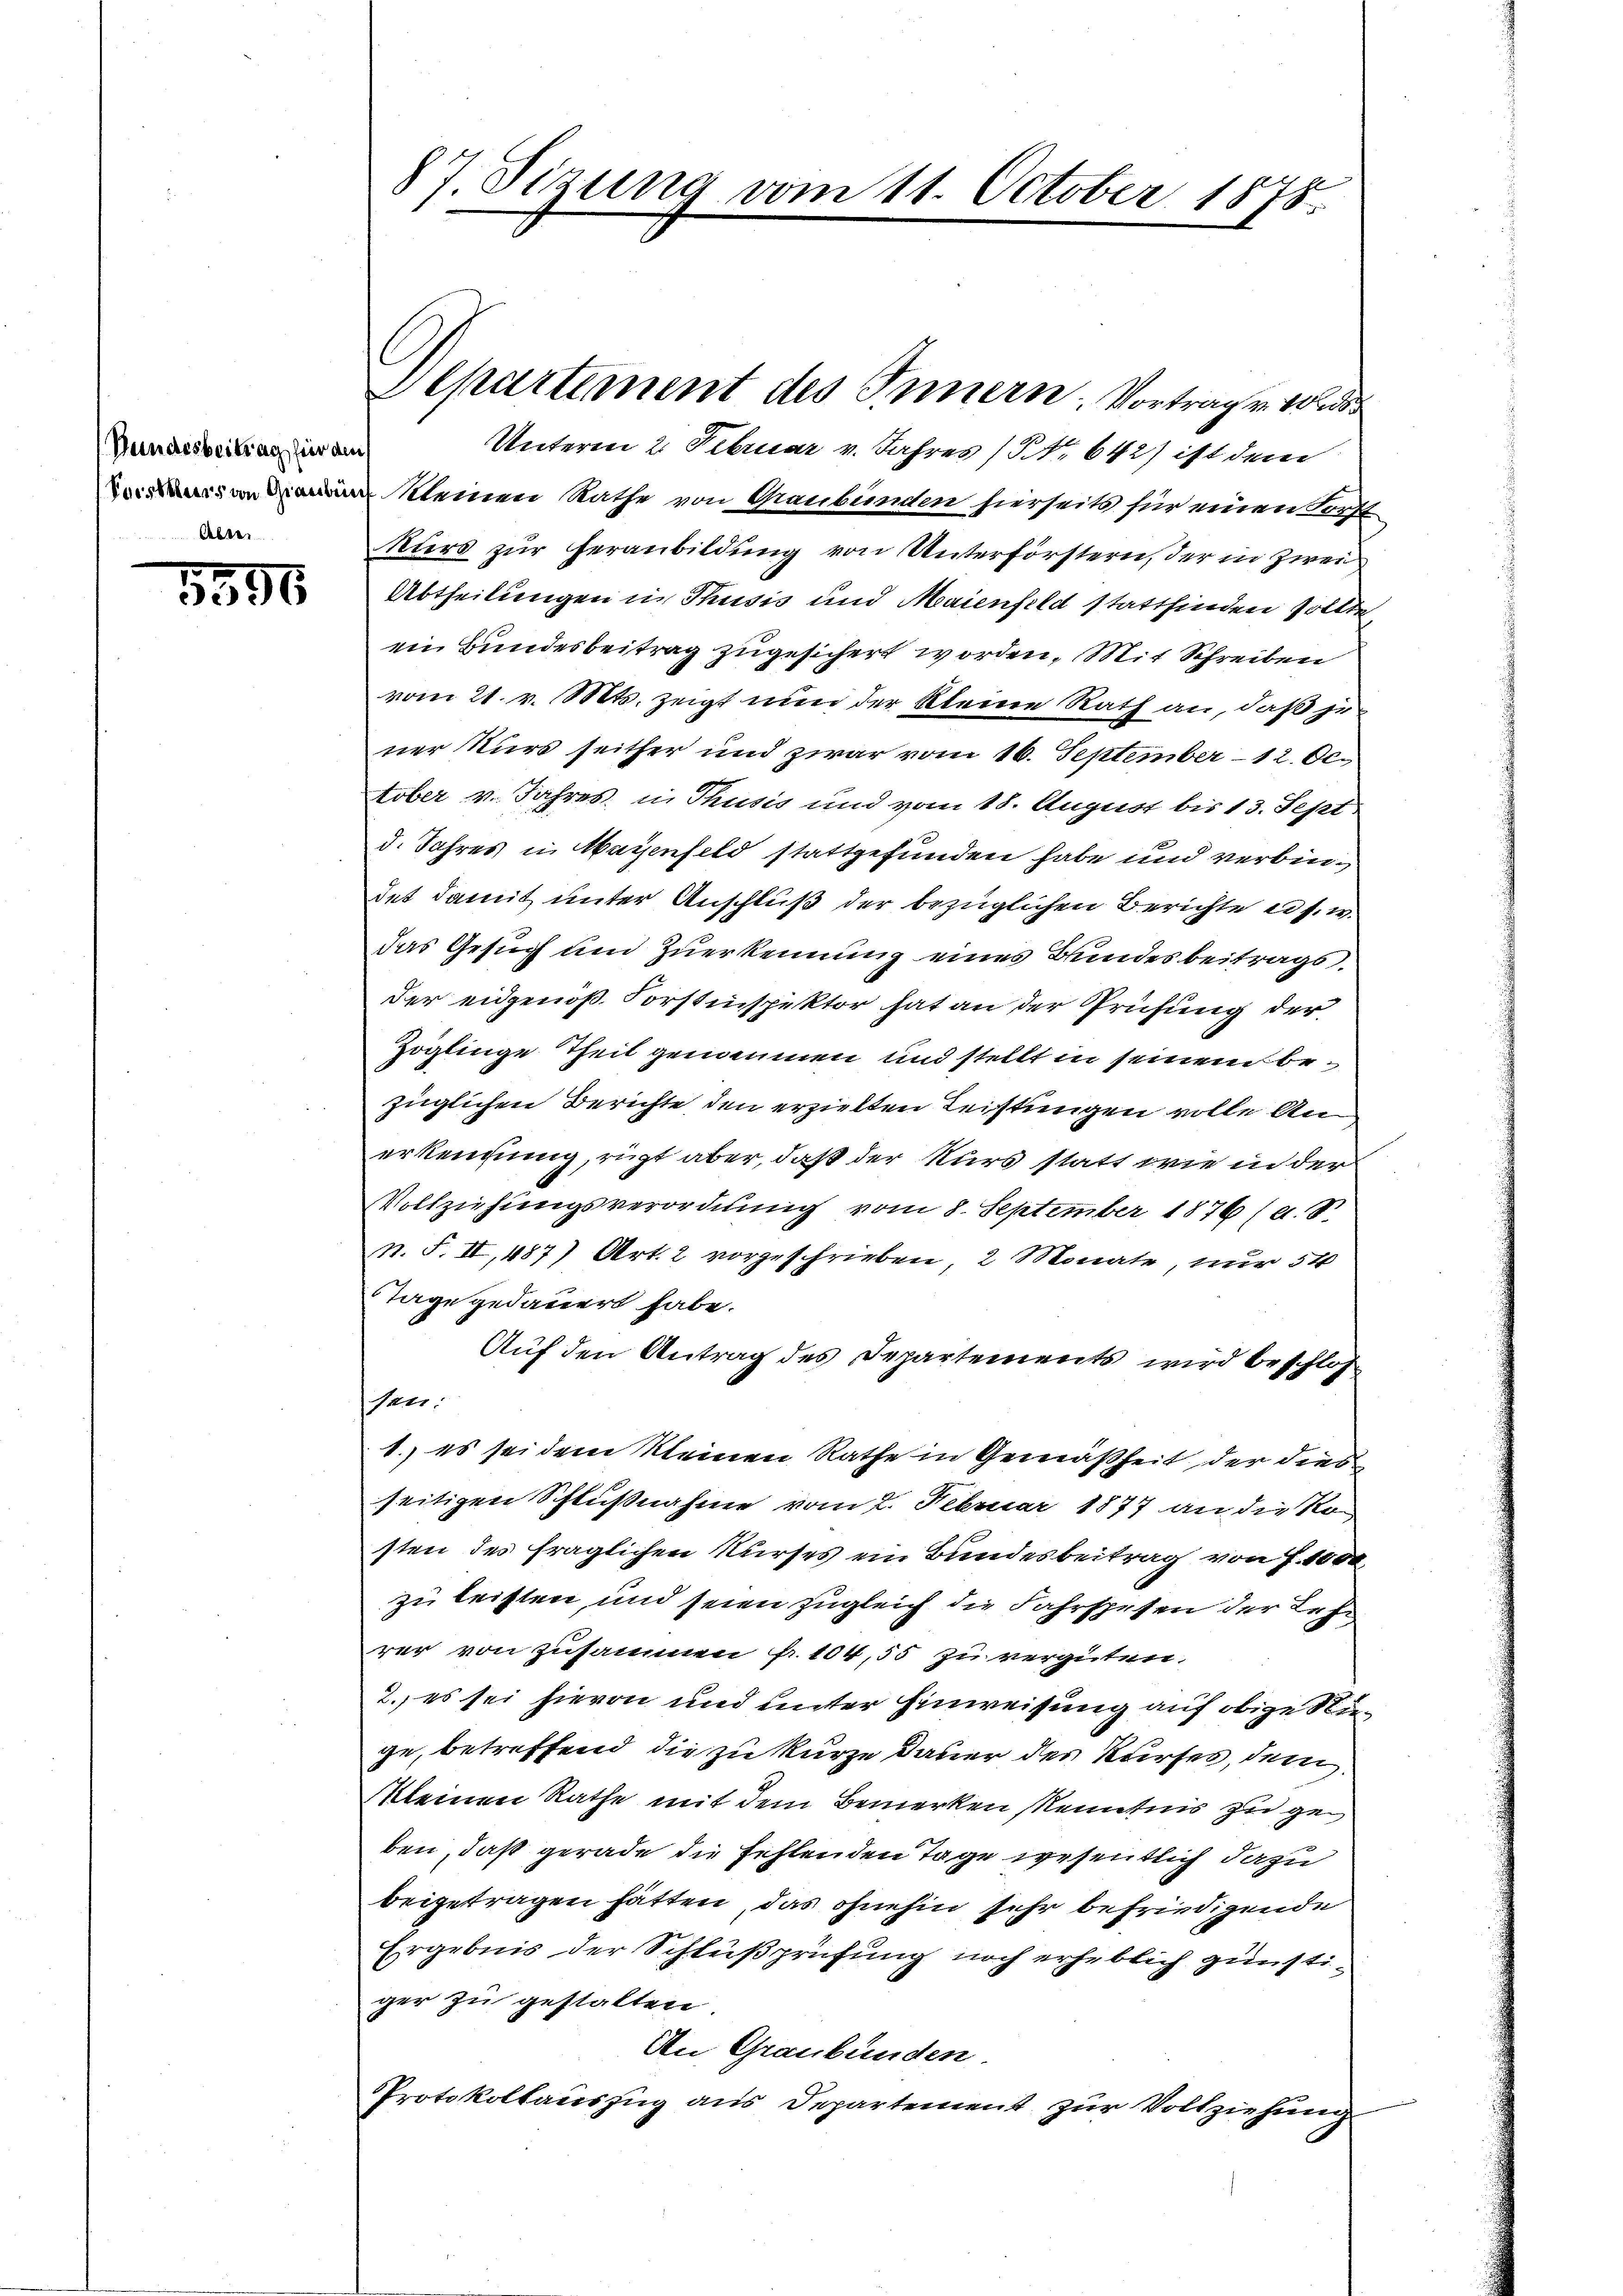
Bundesbeitrag für den
Puisseurs von Graubün
Abtei

1596

87. Sizung vom 11. October 1878.

Departement des Innern, Vortrag v. 10

Unterm 2. Februar v. Jahres (S. 642) ist dem
kleinen Rathe von Graubünden hierseits für einen Forst
kurs zur Heranbildung von Unterförstern, der in Zwei¬
Abtheilungen in Thusis und Maienfeld stattfinden sollte,
ein Bundesbeitrag zugesichert worden. Mit Schreiben
vom 21. v. Mts. zeigt nun der kleine Rath an, daß je
ner Kurs seither und zwar vom 16. September 12. Oc
tober v. Jahres, in Thusis und vom 18. August bis 13. Sept
d. Jahres in Maienfeld stattgefunden habe und verbindet damit unter Anschluß der bezüglichen Berichte es s. w.
das Gesuch und Zuerkennung eines Bundesbeitragsder eidgenöß. Forstinspektor hat an der Prüfung der
Zöglinge Theil genommen und stellt in seinem bezüglichen Berichte, den erzielten Leistungen volle Anerkennung, richt aber, daß der Kurs statt wie in der
Vollziehungsverordnung vom 8. September 1876 (a. 8.
n. F. II, 487) Art. 2 vorgeschrieben 2 Monate, nur 54
Tage gedauert habe.
Auf den Antrag des Departements wird beschlos
sen.
1. es sei dem kleinen Rathe in Gemäßheit der dies
seitigen Schlußnahme vom 2. Februar 1877 an die Kosten des fraglichen Nurses ein Bundesbeitrag von f. 1000
zu leisten und seien zugleich die Fahrspesen der Lehn
rer von zusammen fr. 104,55 zu vergüten.
2. es sei hievon und unter Hinweisung auf obige Nuge, betreffend die zu kurze Dauer des Kurses, dem
kleinen Rathe mit dem Bemerken Kenntnis zu geben, daß gerade die fehlenden Tage wesentlich dazu
beigetragen hätten, das ohnehin sehr befriedigende
Ergebnis der Schlußprüfung noch erheblich günstiger zu gestalten
An Graubünden
Protokollauszug aus Departement zur Vollziehung